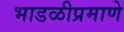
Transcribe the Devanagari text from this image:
भाडळीप्रमाणे